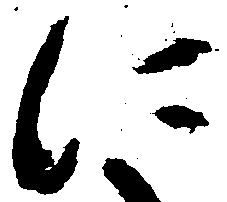
に